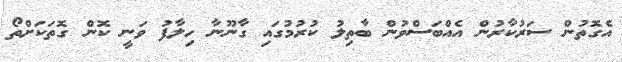
އެގޮތުން ސަރުކާރުން އެއްބަސްވުން ބާތިލު ކުރުމުގައި ގާނޫނާ ހިލާފު ވަނީ ކޮން ގޮތަކަށްތޯ